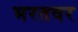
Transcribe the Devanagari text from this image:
भरतवर